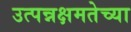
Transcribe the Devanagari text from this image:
उत्पन्नक्षमतेच्या